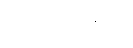
ဝစီသံဟာရော